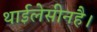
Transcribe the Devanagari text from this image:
थाईलेसीनहै।